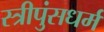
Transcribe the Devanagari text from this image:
स्त्रीपुंसधर्म